Report on the lunatic asylums under the Government of Bombay - 1904-1913
Year: 1904
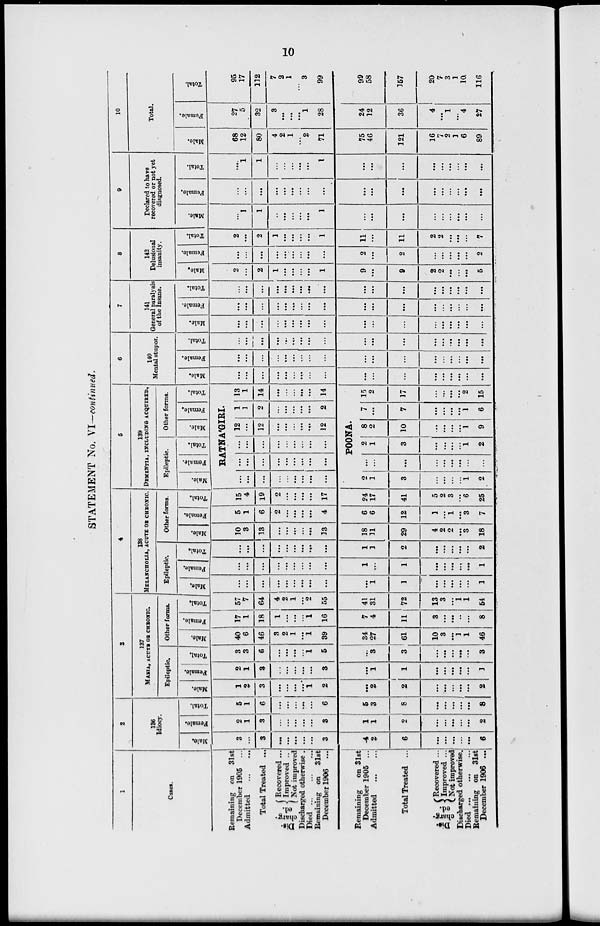
10
STATEMENT No. VI—continued.
1
Cases.
Remaining on 31st
December 1905 ...
Admitted
...
...
Total Treated ...
Dis-
charge
Recovered ...
Improved ..
Not improved
Discharged otherwise .
Died
...
...
...
Remaining on 31st
December 1906 ...
Remaining
on 31st
December 1905 ...
Admitted
...
...
Total Treated ...
charg-
ed.
Recovered ...
Improved ...
Not improved
Discharged otherwise.
Died
...
...
...
Remaining on 31st
December 1906 ...
2
136
Idiocy.
Male.
3
...
3
...
...
...
...
...
3
4
2
6
...
...
...
...
...
6
Female.
2
1
3
...
...
...
...
...
3
1
1
2
...
...
...
...
...
2
Total.
5
1
6
...
...
...
...
...
6
5
3
8
...
...
...
...
...
8
3
137
MAMIA, ACUTE OR CHRONIC.
Epileptic.
Male.
1
2
3
...
...
...
...
1
2
...
2
2
...
...
...
...
...
2
Female.
2
1
3
...
...
...
...
...
3
...
1
1
...
...
...
...
...
1
Total.
3
3
6
...
...
...
...
1
5
...
3
3
...
...
...
...
...
3
Other forms.
Male.
40
6
46
3
2
1
...
1
39
34
27
61
10
3
...
1
1
46
Female.
17
1
18
1
...
...
...
1
16
7
4
11
3
...
...
...
...
8
Total.
57
7
64
4
2
1
...
2
55
41
31
72
13
3
...
1
1
54
4
138
MELANCHOLIA, ACUTE OR CHRONIC.
Epileptic.
Male.
...
...
...
...
...
...
...
...
...
...
1
1
...
...
...
...
...
1
Female.
...
...
...
...
...
...
...
...
...
1
...
1
...
...
...
...
...
1
Total.
...
...
...
...
...
...
...
...
...
1
1
2
...
...
...
...
...
2
Other forms.
Male.
10
3
13
...
...
...
...
...
13
18
11
29
4
2
2
...
3
18
Female.
5
1
6
2
...
...
...
...
4
6
6
12
1
...
1
...
3
7
Total.
15
4
19
2
...
...
...
...
17
24
17
41
5
2
3
...
6
25
5
139
DEMENTIA, INCLUDING ACQUIRED.
Epileptic.
Male.
Female.
Total.
Other forms.
Male.
Female.
Total.
RATNA'GIRI.
...
...
...
...
...
...
...
...
...
...
...
...
...
...
...
...
...
...
...
...
...
...
...
...
...
...
...
12
...
12
...
...
...
...
...
12
1
1
2
...
...
...
...
...
2
13
1
14
...
...
...
...
...
14
POONA.
2
1
3
...
...
...
...
1
2
...
...
...
...
...
...
...
...
...
2
1
3
...
...
...
...
1
2
8
2
10
...
...
...
...
1
9
7
...
7
...
...
...
...
1
6
15
2
17
...
...
...
...
2
15
6
140
Mental stupor.
Male.
...
...
...
...
...
...
...
...
...
...
...
...
...
...
...
...
...
...
Female.
...
...
...
...
...
...
...
...
...
...
...
...
...
...
...
...
...
...
Total.
...
...
...
...
...
...
...
...
...
...
...
...
...
...
...
...
...
...
7
141
General paralysis
of the Insane.
Male.
...
...
...
...
...
...
...
...
...
...
...
...
...
...
...
...
...
...
Female.
...
...
...
...
...
...
...
...
...
...
...
...
...
...
...
...
...
...
Total.
...
...
...
...
...
...
...
...
...
...
...
...
...
...
...
...
...
...
8
142
Delusional
insanity.
Male,
2
...
2
1
...
...
...
...
1
9
...
9
2
2
...
...
...
5
Female.
...
...
...
...
...
...
...
...
...
2
...
2
...
...
...
...
...
2
Total.
2
...
2
1
...
...
...
...
1
11
...
11
2
2
...
...
...
7
9
Declared to have
recovered or not yet
diagnosed.
Male.
...
1
1
...
...
...
...
...
1
...
...
...
...
...
...
...
...
...
Female.
...
...
...
...
....
...
...
...
...
...
...
...
...
...
...
...
...
...
Total.
...
1
1
...
...
...
...
...
1
...
...
...
...
...
...
...
...
...
10
Total.
Male.
68
12
80
4
2
1
...
2
71
75
46
121
16
7
2
1
6
89
Female.
27
5
32
3
...
...
...
1
28
24
12
36
4
...
1
...
4
27
Total.
95
17
112
7
2
1
...
3
99
99
58
157
20
7
3
1
10
116